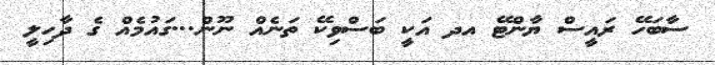
ސާބަހޭ ރައީސް ޔާންޓޭ އދ އަކީ ބަސްވިކޭ ތަނެއް ނޫން...ގައުމެއް ގެ ދާހިލީ